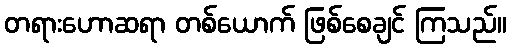
တရားဟောဆရာ တစ်ယောက် ဖြစ်စေချင် ကြသည်။